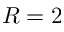
R = 2